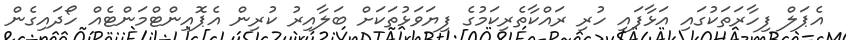
އެޕަލް ފިހާރަަތަކުގައި އަޅާފައި ހުރި ރައްކާތެރިކަމުގެ ފިޔަވަޅުތަކަށް ބަލާއިރު ކުރިން އެޕޮއިންޓްމަންޓެއް ހޯދައިގެން